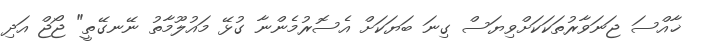
ޚާއްސަ ޖަނަވާރުތަކަކަށްވިޔަސް ގިނަ ބަޔަކަށް އެސޮރުމެންނާ ގުޅޭ މައުލޫމާތު ނޭނގޭތީ" ޖޯޖް އަދި